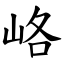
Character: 峈